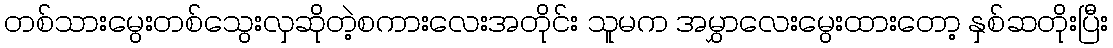
တစ်သားမွေးတစ်သွေးလှဆိုတဲ့စကားလေးအတိုင်း သူမက အမွှာလေးမွေးထားတော့ နှစ်ဆတိုးပြီး